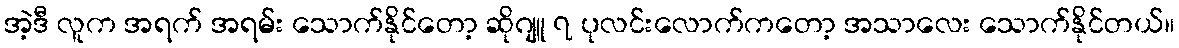
အဲ့ဒီ လူက အရက် အရမ်း သောက်နိုင်တော့ ဆိုဂျူ ၇ ပုလင်းလောက်ကတော့ အသာလေး သောက်နိုင်တယ်။